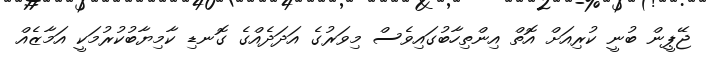
ޖޭޕީން ބުނީ ކުރިއަށް އޮތް އިންތިހާބުގައިވެސް މިވަރުގެ އަދަދެއްގެ ގޮނޑި ކާމިޔާބުކުރުމަކީ އަމާޒެއް